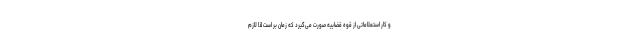
و کار استعلاماتی از قوه قضاییه صورت می‌گیرد که زمان بر است لذا لازم